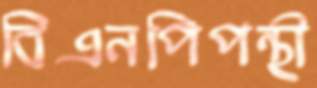
বিএনপিপন্থী